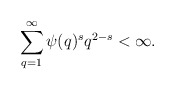
\begin{align*}\sum\limits_{q=1}^{\infty}\psi(q)^sq^{2-s}<\infty.\end{align*}